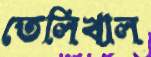
তেলিখাল